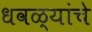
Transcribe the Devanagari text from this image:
धवळ्यांचे